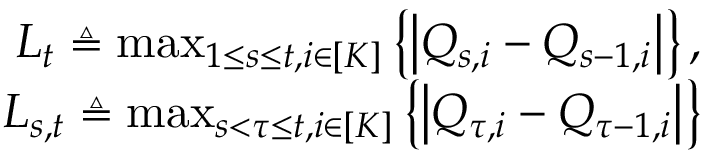
\begin{array} { r } { L _ { t } \triangleq \operatorname* { m a x } _ { 1 \le s \le t , i \in [ K ] } \left\{ \left\lvert Q _ { s , i } - Q _ { s - 1 , i } \right\rvert \right\} , } \\ { L _ { s , t } \triangleq \operatorname* { m a x } _ { s < \tau \le t , i \in [ K ] } \left\{ \left\lvert Q _ { \tau , i } - Q _ { \tau - 1 , i } \right\rvert \right\} } \end{array}